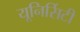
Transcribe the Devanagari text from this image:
यूनिर्सिटी